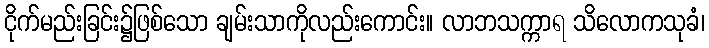
ငိုက်မည်းခြင်း၌ဖြစ်သော ချမ်းသာကိုလည်းကောင်း။ လာဘသက္ကာရ သိလောကသုခံ၊